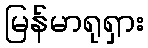
မြန်မာရုရှား